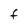
Character: f